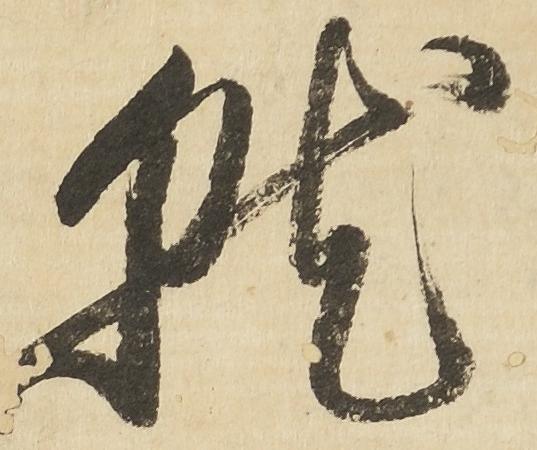
就